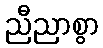
ညီညာစွာ